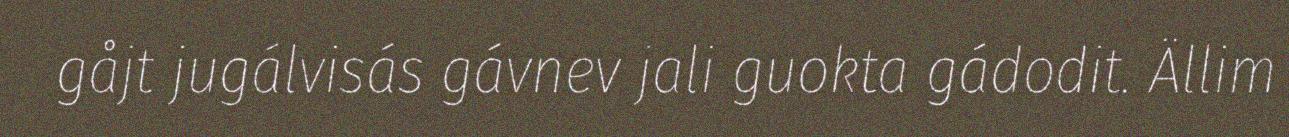
gåjt jugálvisás gávnev jali guokta gádodit. Ällim